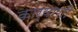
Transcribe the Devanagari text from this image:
कार्यांशी